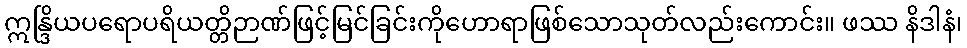
ဣန္ဒြိယပရောပရိယတ္တိဉာဏ်ဖြင့်မြင်ခြင်းကိုဟောရာဖြစ်သောသုတ်လည်းကောင်း။ ဖဿ နိဒါနံ၊